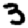
Digit: 3